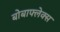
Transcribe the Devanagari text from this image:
बोबाफ्लेक्स